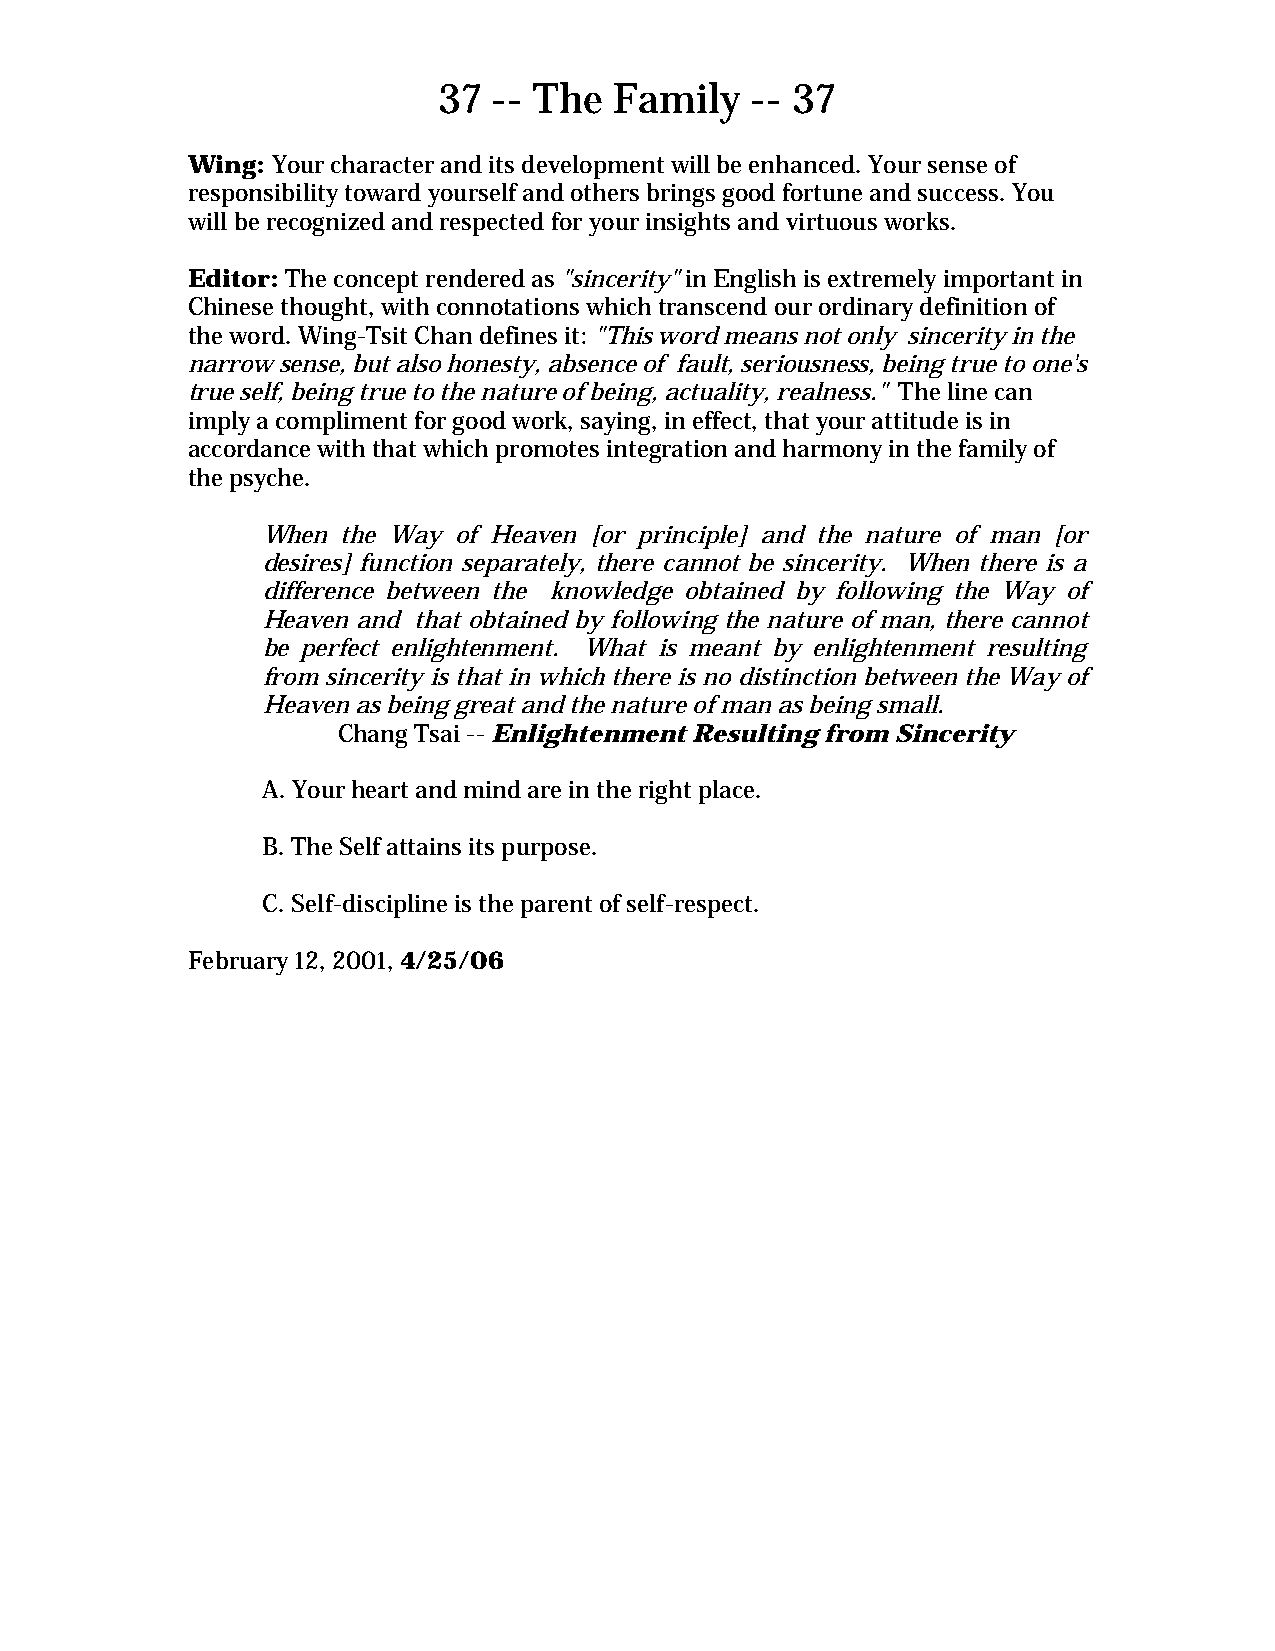
37  -- The  Family   -- 37
 Wing: Your character and its development will be enhanced. Your sense of
 responsibility toward yourself and others brings good fortune and success. You
 will be recognized and respected for your insights and virtuous works.
 Editor: The concept rendered as "sincerity" in English is extremely important in
 Chinese thought, with connotations which transcend our ordinary definition of
 the word. Wing-Tsit Chan defines it: "This word means not only sincerity in the
 narrow sense, but also honesty, absence of fault, seriousness, being true to one's
 true self, being true to the nature of being, actuality, realness." The line can
 imply a compliment for good work, saying, in effect, that your attitude is in
 accordance with that which promotes integration and harmony in the family of
 the psyche.
 When  the Way of Heaven [or principle] and the nature of man [or
 desires] function separately, there cannot be sincerity. When there is a
 difference between the knowledge obtained by following the Way of
 Heaven and that obtained by following the nature of man, there cannot
 be perfect enlightenment. What is meant by enlightenment resulting
 from sincerity is that in which there is no distinction between the Way of
 Heaven as being great and the nature of man as being small.
 Chang Tsai -- Enlightenment Resulting from Sincerity
 A. Your heart and mind are in the right place.
 B. The Self attains its purpose.
 C. Self-discipline is the parent of self-respect.
 February 12, 2001, 4/25/06